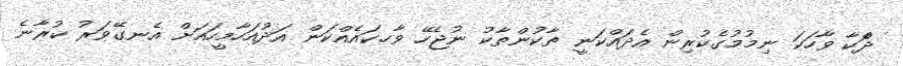
ދަެްކާ ވާހަކަ ނިމުމުގެކުރިން އެދައްކަނީ ތާކުންތާކު ނުޖެހޭ ވާހކައެއްކަން އަދުއަހާމީހައަށް އެނގޭވަރު ކުރާނެ